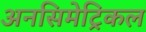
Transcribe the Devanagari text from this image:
अनसिमेट्रिकल